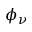
\phi _ { \nu }